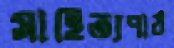
সাহিত্যপাঠ